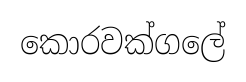
කොරවක්ගලේ